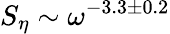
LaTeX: S_{\eta}\sim\omega^{-3.3\pm 0.2}